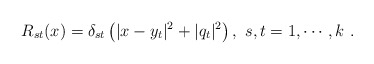
\begin{align*}R_{st}(x) = \delta_{st} \left( |x-y_t|^2 + |q_t|^2\right), ~s,t=1,\cdots,k~.\end{align*}